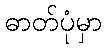
ဓာတ်ပုံမှာ